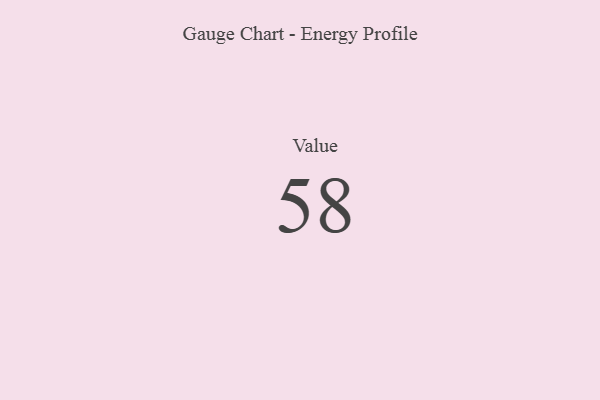
{"axis": {"x": "Metric", "y": "Value"}, "legend": [""], "data": [{"x": "Value", "y": 58, "type": ""}]}